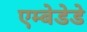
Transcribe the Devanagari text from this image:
एम्बेडेडे